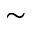
\sim